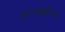
રનઆઉટ